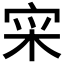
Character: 𫳍